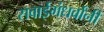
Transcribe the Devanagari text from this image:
सवाईगंधर्वांनी